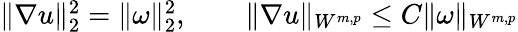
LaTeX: \begin{array}{r}{\| \nabla u\| _{2}^{2}=\| \omega\| _{2}^{2},\qquad\| \nabla u\| _{W^{m,p}}\leq C\| \omega\| _{W^{m,p}}}\end{array}